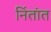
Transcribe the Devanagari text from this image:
निंतांत